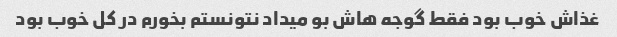
غذاش خوب بود فقط گوجه هاش بو میداد نتونستم بخورم در کل خوب بود